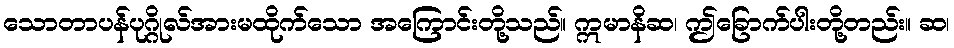
သောတာပန်ပုဂ္ဂိုလ်အားမထိုက်သော အကြောင်းတို့သည်။ ဣမာနိဆ၊ ဤခြောက်ပါးတို့တည်း။ ဆ၊